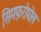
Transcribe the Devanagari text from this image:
सिमफ़रोपोल